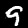
Digit: 9